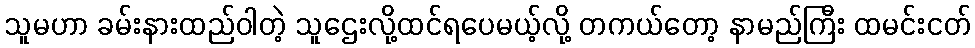
သူမဟာ ခမ်းနားထည်ဝါတဲ့ သူဌေးလို့ထင်ရပေမယ့်လို့ တကယ်တော့ နာမည်ကြီး ထမင်းငတ်